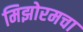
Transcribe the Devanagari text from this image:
मिझोरमचा